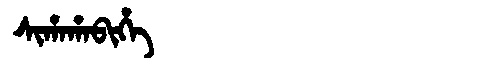
Manchu: ᠰᡳᡥᠠᡥᠠᠪᡳᡥᡝ
Romanization: SIHAHABIHE